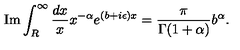
\mathrm { I m } \int _ { R } ^ { \infty } \frac { d x } { x } x ^ { - \alpha } e ^ { ( b + i \epsilon ) x } = \frac { \pi } { \Gamma ( 1 + \alpha ) } b ^ { \alpha } .